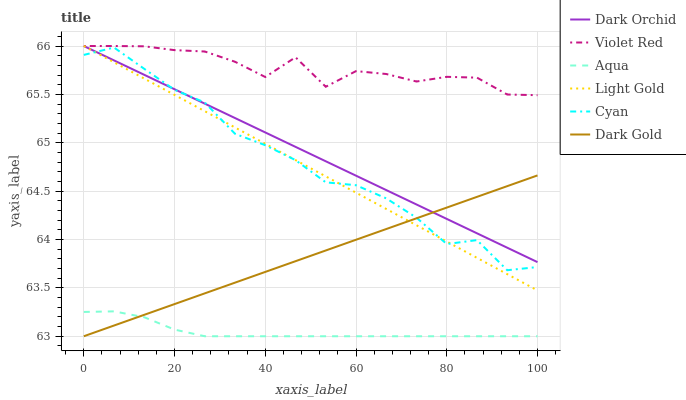
| xaxis_label | Dark Orchid | Violet Red | Aqua | Light Gold | Cyan | Dark Gold |
 | --- | --- | --- | --- | --- | --- | --- |
 | 0 | 66 | 66 | 63.3 | 66 | 65.9 | 63 |
 | 6.67 | 65.9 | 66 | 63.3 | 65.8 | 66 | 63.1 |
 | 13.3 | 65.7 | 66 | 63.2 | 65.7 | 65.8 | 63.2 |
 | 20 | 65.6 | 66 | 63.1 | 65.5 | 65.5 | 63.3 |
 | 26.7 | 65.4 | 65.9 | 63 | 65.3 | 65.4 | 63.4 |
 | 33.3 | 65.3 | 65.8 | 63 | 65.2 | 65.1 | 63.6 |
 | 40 | 65.1 | 65.7 | 63 | 65 | 65 | 63.7 |
 | 46.7 | 65 | 65.9 | 63 | 64.8 | 64.8 | 63.8 |
 | 53.3 | 64.8 | 65.6 | 63 | 64.7 | 64.6 | 63.9 |
 | 60 | 64.7 | 65.7 | 63 | 64.5 | 64.6 | 64 |
 | 66.7 | 64.5 | 65.7 | 63 | 64.3 | 64.4 | 64.1 |
 | 73.3 | 64.4 | 65.6 | 63 | 64.1 | 64.2 | 64.2 |
 | 80 | 64.2 | 65.7 | 63 | 64 | 64 | 64.3 |
 | 86.7 | 64.1 | 65.7 | 63 | 63.8 | 64 | 64.4 |
 | 93.3 | 63.9 | 65.5 | 63 | 63.6 | 63.7 | 64.6 |
 | 100 | 63.8 | 65.5 | 63 | 63.5 | 63.7 | 64.7 |